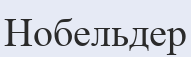
Нобельдер